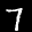
Label: 7